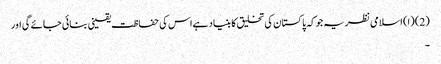
(2) (ا) اسلامی نظریہ جوکہ پاکستان کی تخلیق کا بنیاد ہےاس کی حفاظت یقینی بنائی جائے گی اور
۔